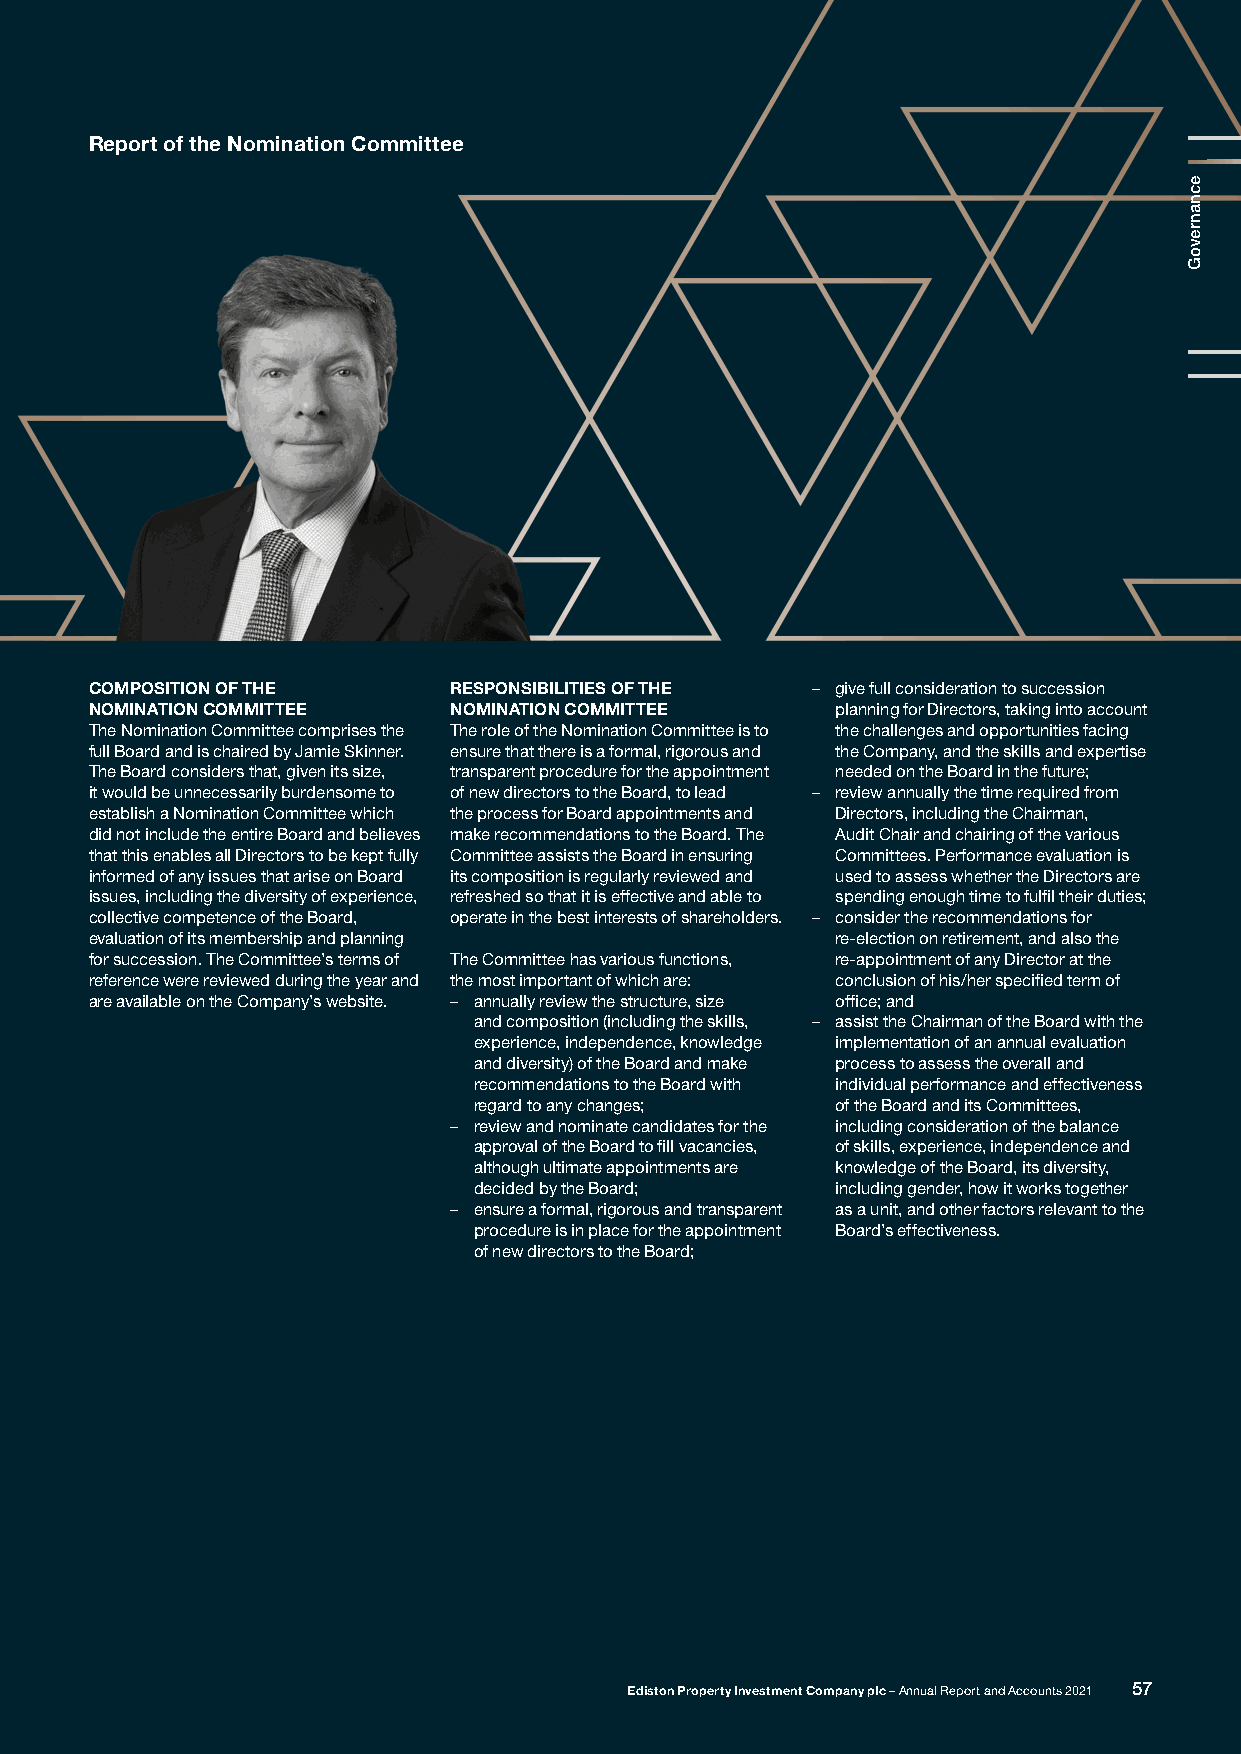
Report of the Nomination Committee
 COMPOSITION OF THE      RESPONSIBILITIES OF THE – give full consideration to succession
 NOMINATION COMMITTEE    NOMINATION COMMITTEE     planning for Directors, taking into account
 The Nomination Committee comprises the The role of the Nomination Committee is to the challenges and opportunities facing
 full Board and is chaired by Jamie Skinner. ensure that there is a formal, rigorous and the Company, and the skills and expertise
 The Board considers that, given its size, transparent procedure for the appointment needed on the Board in the future;
 it would be unnecessarily burdensome to of new directors to the Board, to lead – review annually the time required from
 establish a Nomination Committee which the process for Board appointments and Directors, including the Chairman,
 did not include the entire Board and believes make recommendations to the Board. The Audit Chair and chairing of the various
 that this enables all Directors to be kept fully Committee assists the Board in ensuring Committees. Performance evaluation is
 informed of any issues that arise on Board its composition is regularly reviewed and used to assess whether the Directors are
 issues, including the diversity of experience, refreshed so that it is effective and able to spending enough time to fulfil their duties;
 collective competence of the Board, operate in the best interests of shareholders. – consider the recommendations for
 evaluation of its membership and planning        re-election on retirement, and also the
 for succession. The Committee’s terms of The Committee has various functions, re-appointment of any Director at the
 reference were reviewed during the year and the most important of which are: conclusion of his/her specified term of
 are available on the Company’s website. – annually review the structure, size office; and
 and composition (including the skills, – assist the Chairman of the Board with the
 experience, independence, knowledge implementation of an annual evaluation
 and diversity) of the Board and make process to assess the overall and
 recommendations to the Board with individual performance and effectiveness
 regard to any changes;  of the Board and its Committees,
 – review and nominate candidates for the including consideration of the balance
 approval of the Board to fill vacancies, of skills, experience, independence and
 although ultimate appointments are knowledge of the Board, its diversity,
 decided by the Board;   including gender, how it works together
 – ensure a formal, rigorous and transparent as a unit, and other factors relevant to the
 procedure is in place for the appointment Board’s effectiveness.
 of new directors to the Board;
 Ediston Property Investment Company plc – Annual Report and Accounts 2021 57
 ecnanrevoG